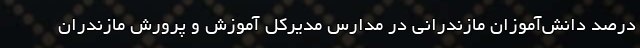
درصد دانش‌آموزان مازندرانی در مدارس مدیرکل آموزش و پرورش مازندران